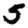
Digit: 5